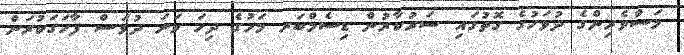
މަސްވެރިންގެ ދުވަހުގެ ގޮތުގައި ސަރުކާރުން ޑިސެމްބަރ މަހުގެ ދިހަ ވަނަ ދުވަސް ފާހަގަކުރަން